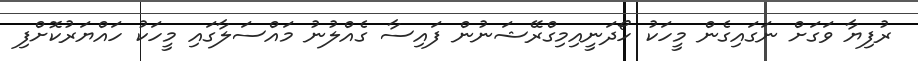
ރުފިޔާ ވަގަށް ނަގައިގެން މީހަކު ހޯދަނީއިމިގްރޭޝަނުން ފައިސާ ގެއްލުނު މައްސަލާގައި މީހަކު ހައްޔަރުކޮށްފި